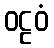
ဝဠဝံ